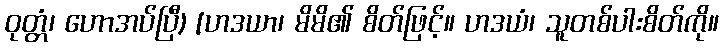
ဝုတ္တံ၊ ဟောအပ်ပြီ) [ဟဒယာ၊ မိမိ၏ စိတ်ဖြင့်။ ဟဒယံ၊ သူတစ်ပါးစိတ်ကို။